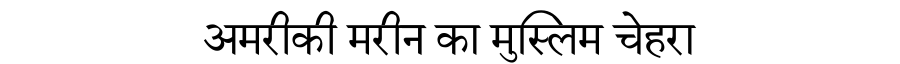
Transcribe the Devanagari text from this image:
अमरीकी मरीन का मुस्लिम चेहरा